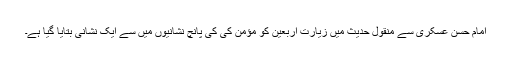
امام حسن عسکری سے منقول حدیث میں زیارت اربعین کو مؤمن کی کی پانچ نشانیوں میں سے ایک نشانی بتایا گیا ہے۔